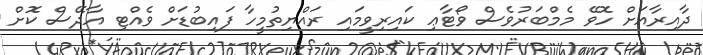
ދާއިރާއަށް ހޮވޭ މެމްބަރުވެސް ވޯޓާޢި ކައިރިވީމައި ރައްޔިތުމީހާ ފައިބުޑަށް ވެއްޓި އާދޭސް ކޮށް